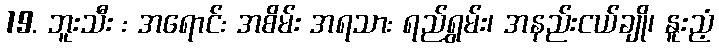
19. ဘူးသီး : အရောင်: အစိမ်း အရသာ: ရည်ရွှမ်း၊ အနည်းငယ်ချို၊ နူးညံ့